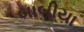
બાબીયા